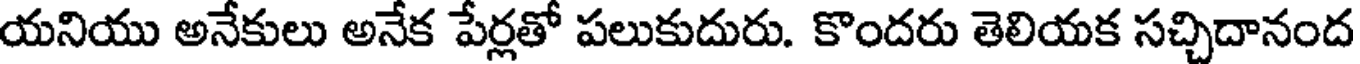
యనియు అనేకులు అనేక పేర్లతో పలుకుదురు. కొందరు తెలియక సచ్చిదానంద